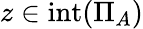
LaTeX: z\in\operatorname{int}(\Pi_{A})